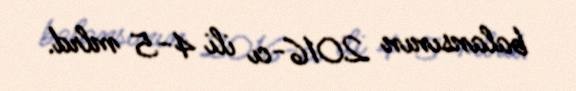
balansının 2016-cı ili 4-5 mlrd.